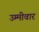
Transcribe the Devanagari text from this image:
उम्मीवार